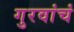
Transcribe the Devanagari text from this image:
गुरवांचं